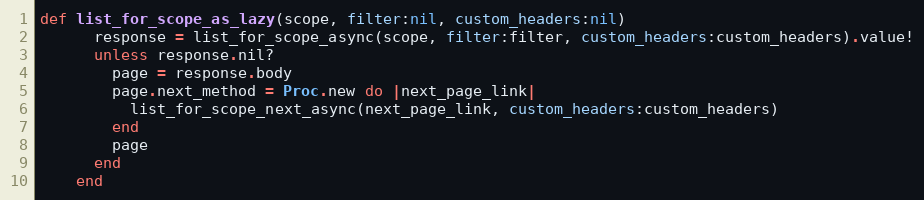
Language: Ruby
def list_for_scope_as_lazy(scope, filter:nil, custom_headers:nil)
      response = list_for_scope_async(scope, filter:filter, custom_headers:custom_headers).value!
      unless response.nil?
        page = response.body
        page.next_method = Proc.new do |next_page_link|
          list_for_scope_next_async(next_page_link, custom_headers:custom_headers)
        end
        page
      end
    end